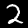
Label: 2